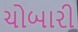
ચોબારી